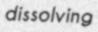
dissolving